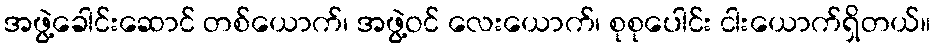
အဖွဲ့ခေါင်းဆောင် တစ်ယောက်၊ အဖွဲ့ဝင် လေးယောက်၊ စုစုပေါင်း ငါးယောက်ရှိတယ်။